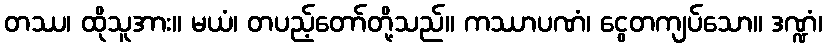
တဿ၊ ထိုသူအား။ မယံ၊ တပည့်တော်တို့သည်။ ကဿာပဏံ၊ ငွေတကျပ်သော။ ဒဏ္ဍံ၊